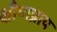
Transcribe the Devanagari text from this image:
क्षीणप्राय